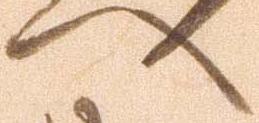
へ